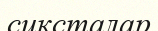
сиксталар